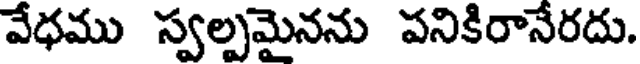
వేధము స్వల్పమైనను పనికిరానేరదు.